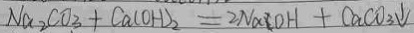
N a _ { 2 } C O _ { 3 } + C a ( O H ) _ { 2 } = 2 N a C O H + C a C O _ { 3 } \downarrow